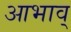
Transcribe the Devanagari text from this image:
आभाव्